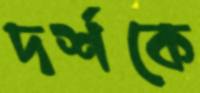
দর্শকে